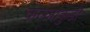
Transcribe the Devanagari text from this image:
कल्लाकुडी